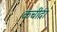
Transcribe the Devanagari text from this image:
कचीदा